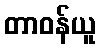
တာဝန်ယူ